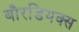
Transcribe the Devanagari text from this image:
बौरडियक्स